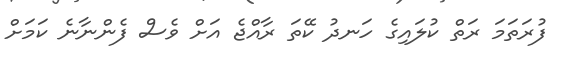
ފުރަތަމަ ރަތް ކުލައިގެ ހަނދު ކޭތަ ރާއްޖެ އަށް ވެސް ފެންނާނެ ކަމަށް